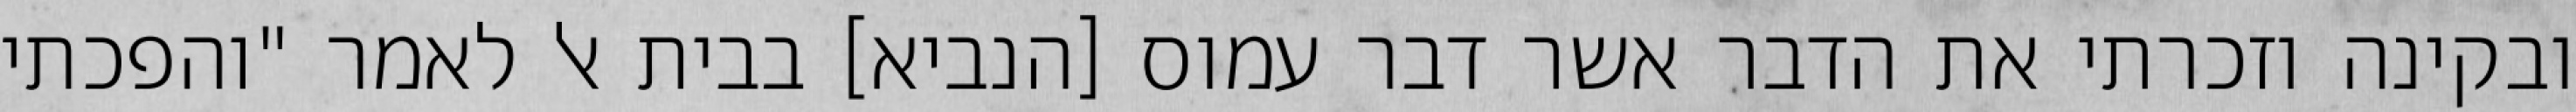
ובקינה וזכרתי את הדבר אשר דבר עמוס [הנביא] בבית אל לאמר "והפכתי